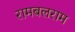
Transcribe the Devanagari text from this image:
रामबलराम